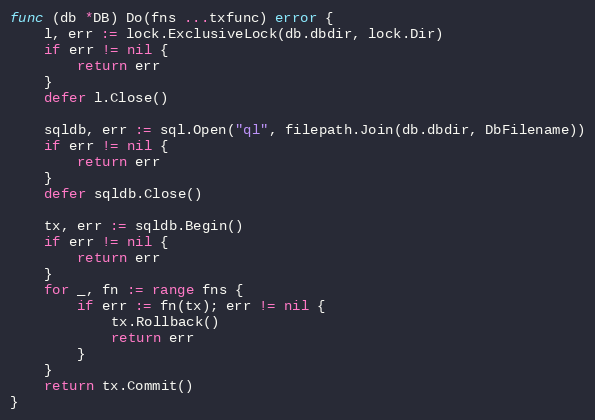
Language: Go
func (db *DB) Do(fns ...txfunc) error {
	l, err := lock.ExclusiveLock(db.dbdir, lock.Dir)
	if err != nil {
		return err
	}
	defer l.Close()

	sqldb, err := sql.Open("ql", filepath.Join(db.dbdir, DbFilename))
	if err != nil {
		return err
	}
	defer sqldb.Close()

	tx, err := sqldb.Begin()
	if err != nil {
		return err
	}
	for _, fn := range fns {
		if err := fn(tx); err != nil {
			tx.Rollback()
			return err
		}
	}
	return tx.Commit()
}